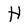
Character: H